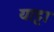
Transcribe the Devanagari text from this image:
याट्टा